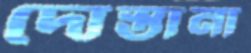
দোস্তানা